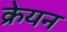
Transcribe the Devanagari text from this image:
क्रेयन